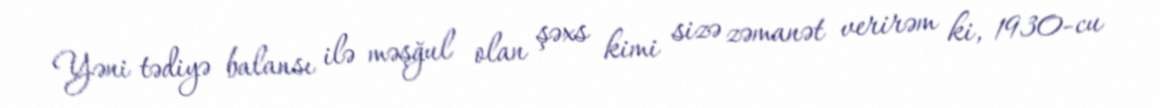
Yəni tədiyə balansı ilə məşğul olan şəxs kimi sizə zəmanət verirəm ki, 1930-cu